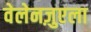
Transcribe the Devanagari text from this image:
वेलेनज़ुएला